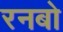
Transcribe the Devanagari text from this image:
रनबो